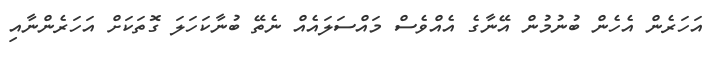
އަހަރެން އެހެން ބުނުމުން އޭނާގެ އެއްވެސް މައްސަލައެއް ނެތޭ ބުނާކަހަލަ ގޮތަކަށް އަހަރެންނާއި